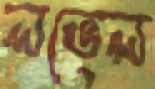
লভেল